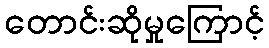
တောင်းဆိုမှုကြောင့်